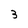
Character: 3